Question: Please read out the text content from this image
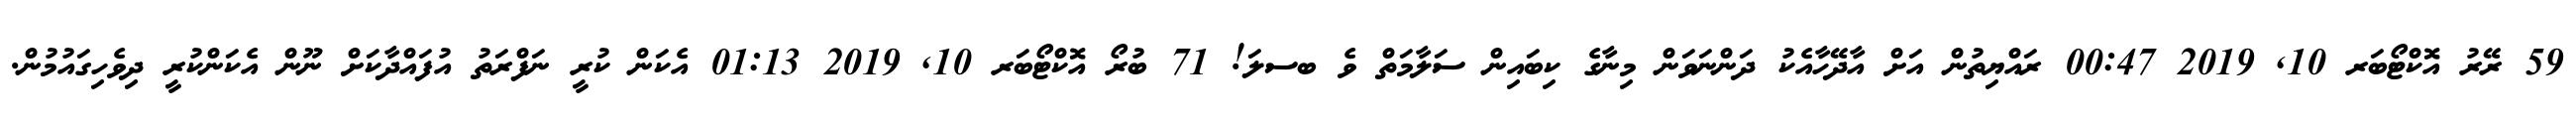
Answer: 59 ރޭރު އޮކްޓޯބަރ 10, 2019 00:47 ރައްޔިތުން އަށް އާދޭހާއެކު ދަންނަވަން މިނާގެ ކިބައިން ސަލާމަތް ވެ ބސލަ! 71 ބުރޯ އޮކްޓޯބަރ 10, 2019 01:13 އެކަން ކުރީ ނަފްރަތު އުފައްދާކަށް ނޫން އެކަންކުރީ ދިވެހިގައުމުން.